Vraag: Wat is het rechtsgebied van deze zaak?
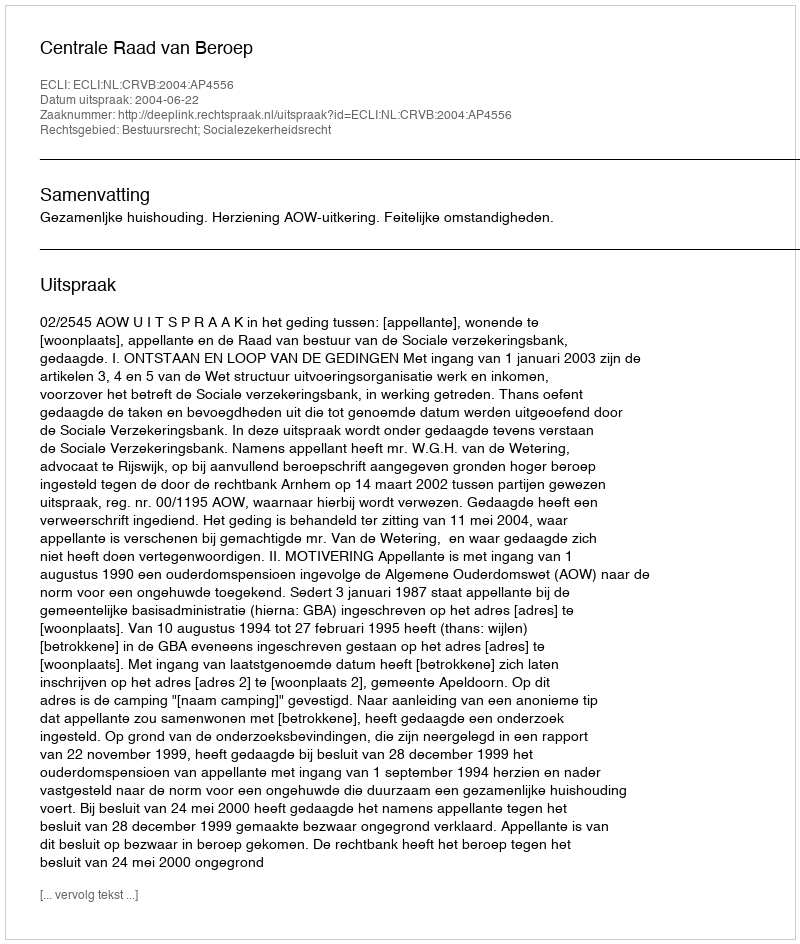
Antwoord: Bestuursrecht; Socialezekerheidsrecht